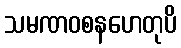
သမဏဝစနဟေတုပိ